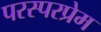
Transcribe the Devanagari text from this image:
परस्परप्रेम